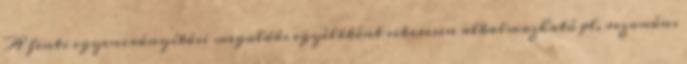
A fenti egyenirányítási megoldás egyélbként sikeresen alkalmazható pl. rezonáns